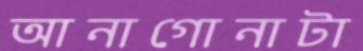
আনাগোনাটা